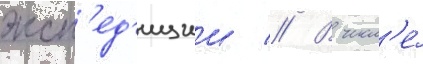
эксп'ед'иции // В числ'е́